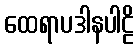
ထေရာပဒါနပါဠိ